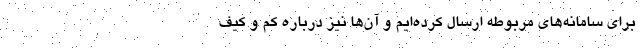
برای سامانه‌های مربوطه ارسال کرده‌ایم و آن‌ها نیز درباره کم و کیف